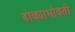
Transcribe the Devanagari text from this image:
डोक्याभोवती